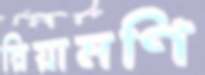
রিয়ামণি